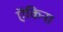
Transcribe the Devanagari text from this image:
ऍकिना